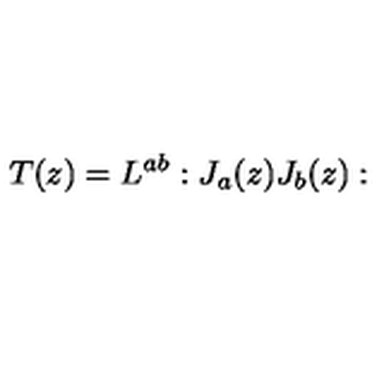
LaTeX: T ( z ) = L ^ { a b } : J _ { a } ( z ) J _ { b } ( z ) :